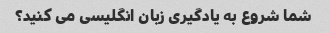
شما شروع به یادگیری زبان انگلیسی می کنید؟